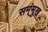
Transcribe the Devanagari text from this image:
सम्ंमुख